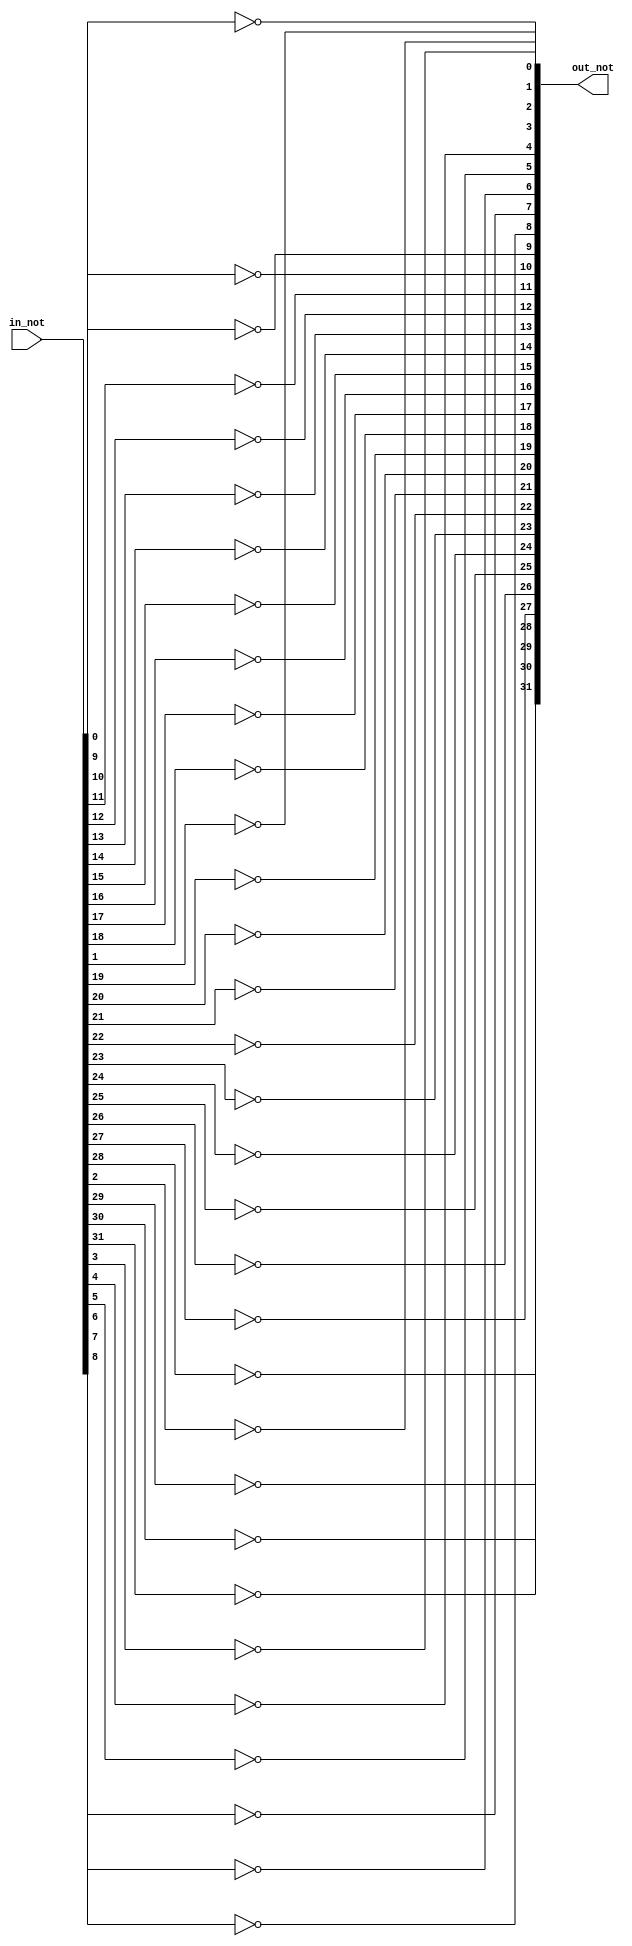
module myNOT (in_not, out_not);
  input [31:0] in_not;
  output [31 :0] out_not;
  
  not not0(out_not[0], in_not[0]);
  not not1(out_not[1], in_not[1]);
  not not2(out_not[2], in_not[2]);
  not not3(out_not[3], in_not[3]);
  not not4(out_not[4], in_not[4]);
  not not5(out_not[5], in_not[5]);
  not not6(out_not[6], in_not[6]);
  not not7(out_not[7], in_not[7]);
  not not8(out_not[8], in_not[8]);
  not not9(out_not[9], in_not[9]);
  not not10(out_not[10], in_not[10]);
  not not11(out_not[11], in_not[11]);
  not not12(out_not[12], in_not[12]);
  not not13(out_not[13], in_not[13]);
  not not14(out_not[14], in_not[14]);
  not not15(out_not[15], in_not[15]);
  not not16(out_not[16], in_not[16]);
  not not17(out_not[17], in_not[17]);
  not not18(out_not[18], in_not[18]);
  not not19(out_not[19], in_not[19]);
  not not20(out_not[20], in_not[20]);
  not not21(out_not[21], in_not[21]);
  not not22(out_not[22], in_not[22]);
  not not23(out_not[23], in_not[23]);
  not not24(out_not[24], in_not[24]);
  not not25(out_not[25], in_not[25]);
  not not26(out_not[26], in_not[26]);
  not not27(out_not[27], in_not[27]);
  not not28(out_not[28], in_not[28]);
  not not29(out_not[29], in_not[29]);
  not not30(out_not[30], in_not[30]);
  not not31(out_not[31], in_not[31]);
endmodule